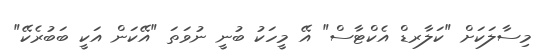
މިސާލަކަށް "ކަލާރޑް އެކްޓާސް" އޭ މީހަކު ބުނީ ނުވަތަ "އޭކަން އަކީ ބަބުރެކޭ"